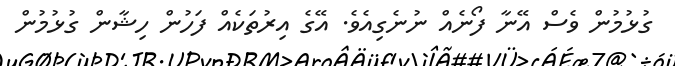
ގުޅުމުން ވެސް އޭނާ ފޯނެއް ނުނެގިއެވެ. އޭގެ އިރުތަކެއް ފަހުން ހިޝާން ގުޅުމުން